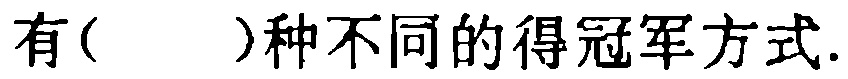
有( )种不同的得冠军方式.